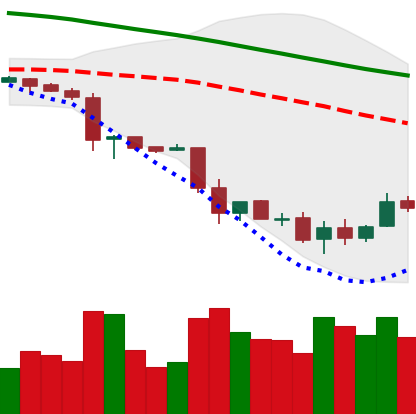
Ticker: LTC-USD
Chart end date: 2018-11-29
Forward return: -7.726%
Label: down_7plus